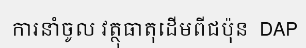
ការនាំចូល វត្ថុធាតុដើមពីជប៉ុន  DAP